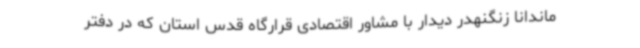
ماندانا زنگنهدر دیدار با مشاور اقتصادی قرارگاه قدس استان که در دفتر